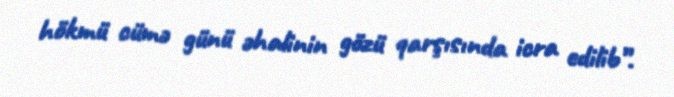
hökmü cümə günü əhalinin gözü qarşısında icra edilib”.